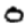
Digit: 0